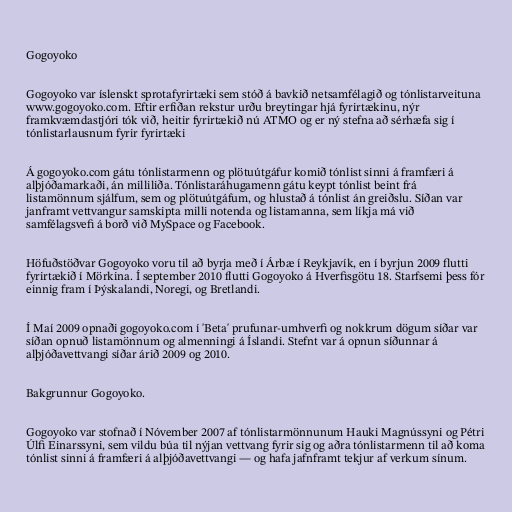
Gogoyoko

Gogoyoko var íslenskt sprotafyrirtæki sem stóð á bavkið netsamfélagið og tónlistarveituna
www.gogoyoko.com. Eftir erfiðan rekstur urðu breytingar hjá fyrirtækinu, nýr
framkvæmdastjóri tók við, heitir fyrirtækið nú ATMO og er ný stefna að sérhæfa sig í
tónlistarlausnum fyrir fyrirtæki

Á gogoyoko.com gátu tónlistarmenn og plötuútgáfur komið tónlist sinni á framfæri á
alþjóðamarkaði, án milliliða. Tónlistaráhugamenn gátu keypt tónlist beint frá
listamönnum sjálfum, sem og plötuútgáfum, og hlustað á tónlist án greiðslu. Síðan var
janframt vettvangur samskipta milli notenda og listamanna, sem líkja má við
samfélagsvefi á borð við MySpace og Facebook.

Höfuðstöðvar Gogoyoko voru til að byrja með í Árbæ í Reykjavík, en í byrjun 2009 flutti
fyrirtækið í Mörkina. Í september 2010 flutti Gogoyoko á Hverfisgötu 18. Starfsemi þess fór
einnig fram í Þýskalandi, Noregi, og Bretlandi.

Í Maí 2009 opnaði gogoyoko.com í 'Beta' prufunar-umhverfi og nokkrum dögum síðar var
síðan opnuð listamönnum og almenningi á Íslandi. Stefnt var á opnun síðunnar á
alþjóðavettvangi síðar árið 2009 og 2010.

Bakgrunnur Gogoyoko.

Gogoyoko var stofnað í Nóvember 2007 af tónlistarmönnunum Hauki Magnússyni og Pétri
Úlfi Einarssyni, sem vildu búa til nýjan vettvang fyrir sig og aðra tónlistarmenn til að koma
tónlist sinni á framfæri á alþjóðavettvangi — og hafa jafnframt tekjur af verkum sínum.